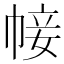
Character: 帹